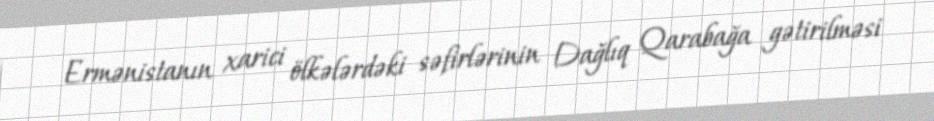
Ermənistanın xarici ölkələrdəki səfirlərinin Dağlıq Qarabağa gətirilməsi